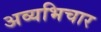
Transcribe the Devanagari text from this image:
अव्यभिचार